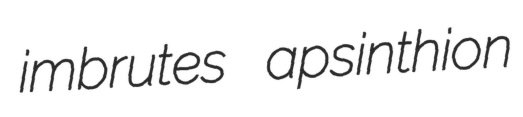
imbrutes apsinthion